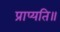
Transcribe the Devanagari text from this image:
प्राप्यति॥